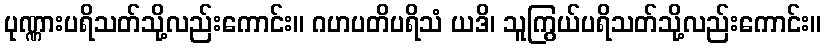
ပုဏ္ဏားပရိသတ်သို့လည်းကောင်း။ ဂဟပတိပရိသံ ယဒိ၊ သူကြွယ်ပရိသတ်သို့လည်းကောင်း။